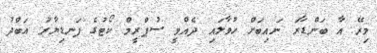
މިރޭ އާ ބަންޑާރަ ނައިބަށް ހުވާލައި ދެއްވީ ސުޕްރީމް ކޯޓުގެ ފަނޑިޔާރު އަބްދު